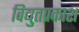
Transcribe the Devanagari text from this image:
विद्युतप्रकाश